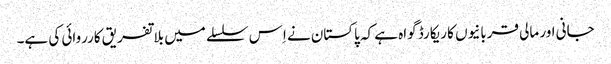
جانی اور مالی قربانیوں کا ریکارڈ گواہ ہے کہ پاکستان نے اِس سلسلے میں بلاتفریق کارروائی کی ہے۔